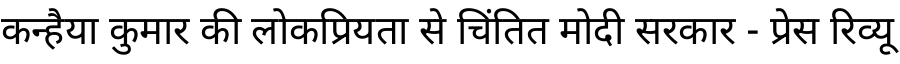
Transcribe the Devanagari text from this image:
कन्हैया कुमार की लोकप्रियता से चिंतित मोदी सरकार - प्रेस रिव्यू